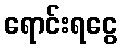
ရောင်းရငွေ